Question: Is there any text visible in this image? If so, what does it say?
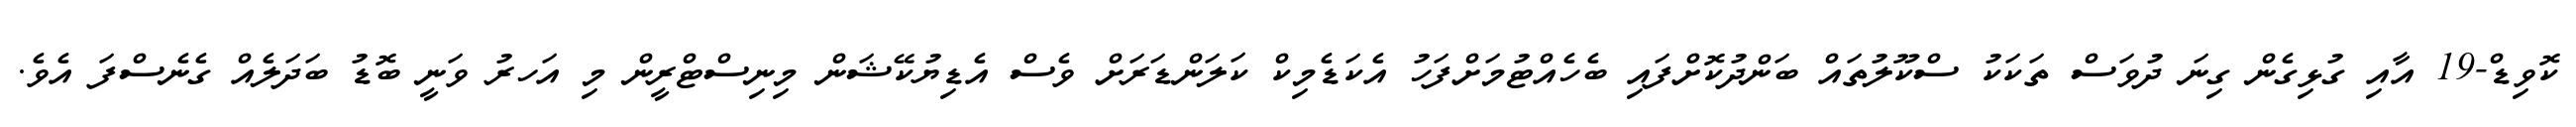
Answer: ކޮވިޑް-19 އާއި ގުޅިގެން ގިނަ ދުވަސް ތަކަކު ސްކޫލުތައް ބަންދުކޮށްފައި ބެހެއްޓުމަށްފަހު އެކަޑެމިކް ކަލަންޑަރަށް ވެސް އެޑިޔުކޭޝަން މިނިސްޓްރީން މި އަހރު ވަނީ ބޮޑު ބަދަލެއް ގެނެސްފަ އެވެ.